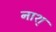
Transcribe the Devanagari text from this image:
नाश्